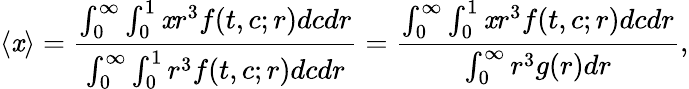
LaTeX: \langle\mathit{x}\rangle=\frac{{\int_{0}^{\infty}\int_{0}^{1}\mathit{x}r^{3}f(t,c;r)dcdr}}{{\int_{0}^{\infty}\int_{0}^{1}r^{3}f(t,c;r)dcdr}}=\frac{{\int_{0}^{\infty}\int_{0}^{1}\mathit{x}r^{3}f(t,c;r)dcdr}}{{\int_{0}^{\infty}r^{3}g(r)dr}},